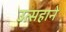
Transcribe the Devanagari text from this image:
उत्सहाने